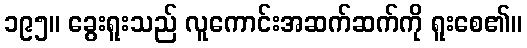
၁၉၅။ ခွေးရူးသည် လူကောင်းအဆက်ဆက်ကို ရူးစေ၏။